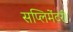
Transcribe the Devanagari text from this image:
सप्लिमेंटरी